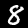
Label: 8